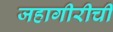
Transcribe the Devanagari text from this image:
जहागीरीची